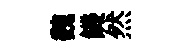
魏饑然